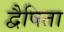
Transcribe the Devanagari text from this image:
द्वैषिता